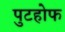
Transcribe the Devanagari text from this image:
पुटहोफ